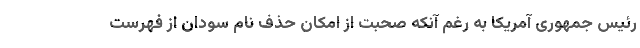
رئیس جمهوری آمریکا به رغم آنکه صحبت از امکان حذف نام سودان از فهرست